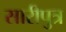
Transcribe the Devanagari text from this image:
सारीपुत्र